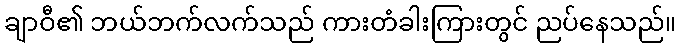
ချာဝီ၏ ဘယ်ဘက်လက်သည် ကားတံခါးကြားတွင် ညပ်နေသည်။